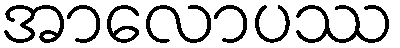
အာလောပဿ